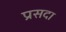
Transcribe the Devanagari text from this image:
प्रसदा